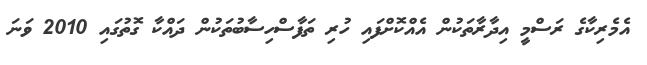
އެމެރިކާގެ ރަސްމީ އިދާރާތަކުން އެއްކޮށްފައި ހުރި ތަފާސްހިސާބުތަކުން ދައްކާ ގޮތުގައި 2010 ވަނަ